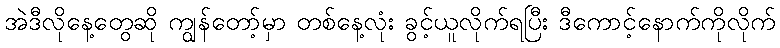
အဲဒီလိုနေ့တွေဆို ကျွန်တော့်မှာ တစ်နေ့လုံး ခွင့်ယူလိုက်ရပြီး ဒီကောင့်နောက်ကိုလိုက်